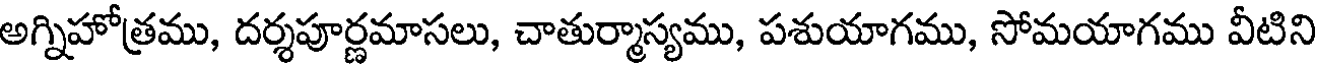
అగ్నిహోత్రము, దర్శపూర్ణమాసలు, చాతుర్మాస్యము, పశుయాగము, సోమయాగము వీటిని